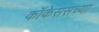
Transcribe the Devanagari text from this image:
कॉकेससच्या